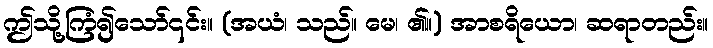
ဤသို့ကြံ၍သော်၎င်း။ (အယံ၊ သည်။ မေ၊ ၏။) အာစရိယော၊ ဆရာတည်း။